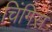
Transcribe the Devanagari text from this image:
चिंगिस